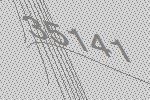
35141